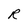
Character: R